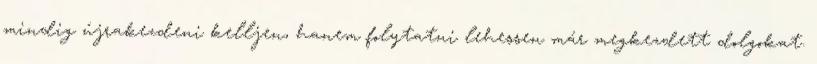
mindig újrakezdeni kelljen, hanem folytatni lehessen már megkezdett dolgokat.